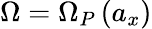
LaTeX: \Omega=\Omega_{P}\left(a_{x}\right)